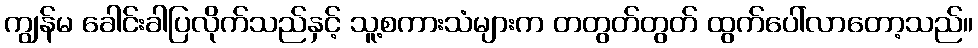
ကျွန်မ ခေါင်းခါပြလိုက်သည်နှင့် သူ့စကားသံများက တတွတ်တွတ် ထွက်ပေါ်လာတော့သည်။